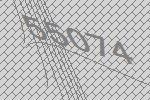
55074